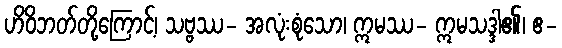
ဟိဝိဘတ်တို့ကြောင့်၊ သဗ္ဗဿ- အလုံးစုံသော၊ ဣမဿ- ဣမသဒ္ဒါ၏၊ ဧ-